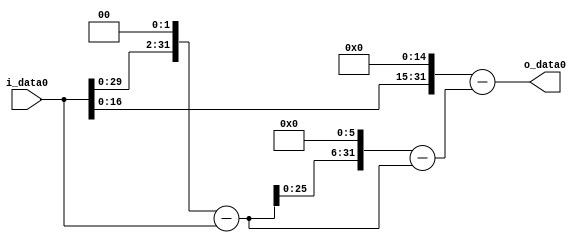
module multiplier_block (
    i_data0,
    o_data0
);

  // Port mode declarations:
  input   [31:0] i_data0;
  output  [31:0]
    o_data0;

  //Multipliers:

  wire [31:0]
    w1,
    w4,
    w3,
    w192,
    w189,
    w32768,
    w32579;

  assign w1 = i_data0;
  assign w189 = w192 - w3;
  assign w192 = w3 << 6;
  assign w3 = w4 - w1;
  assign w32579 = w32768 - w189;
  assign w32768 = w1 << 15;
  assign w4 = w1 << 2;

  assign o_data0 = w32579;

  //multiplier_block area estimate = 5006.23186995147;
endmodule